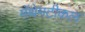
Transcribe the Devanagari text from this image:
मॅथेमटीकल